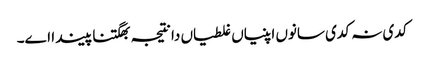
‏ کدی نہ کدی سانوں اپنیاں غلطیاں دا نتیجہ بھگتنا پیندا اے۔